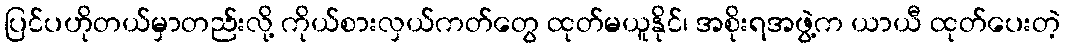
ပြင်ပဟိုတယ်မှာတည်းလို့ ကိုယ်စားလှယ်ကတ်တွေ ထုတ်မယူနိုင်၊ အစိုးရအဖွဲ့က ယာယီ ထုတ်ပေးတဲ့